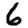
Digit: 6